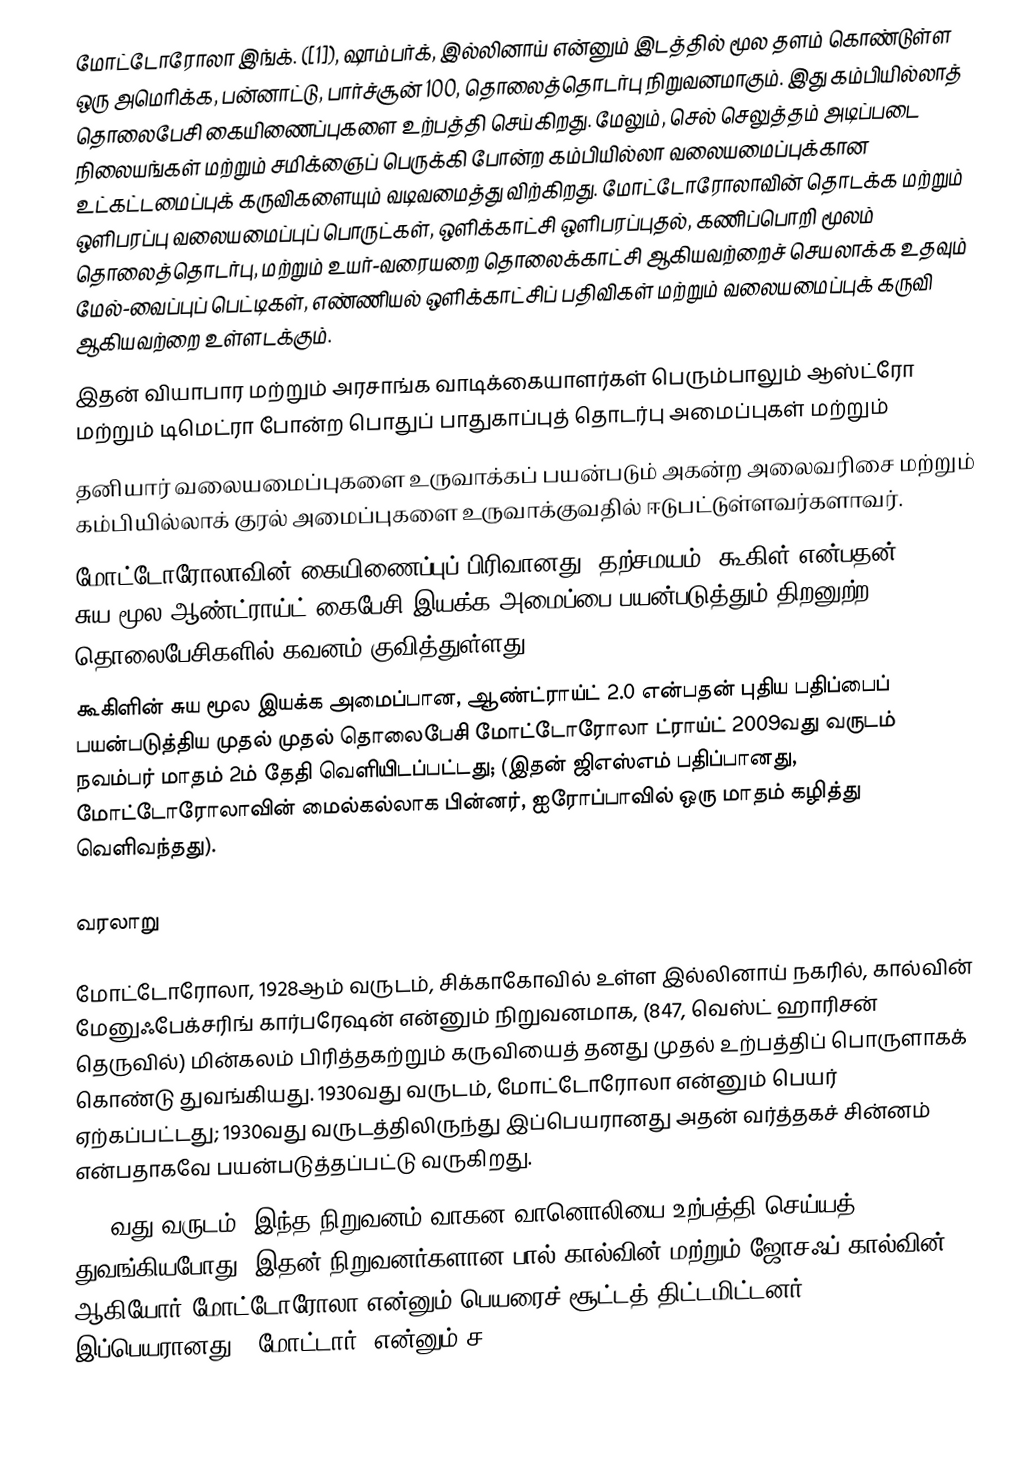
மோட்டோரோலா இங்க்.  ([1]), ஷாம்பர்க், இல்லினாய் என்னும் இடத்தில் மூல தளம் கொண்டுள்ள ஒரு அமெரிக்க, பன்னாட்டு, பார்ச்சூன் 100, தொலைத்தொடர்பு நிறுவனமாகும். இது கம்பியில்லாத் தொலைபேசி கையிணைப்புகளை உற்பத்தி செய்கிறது. மேலும், செல் செலுத்தம் அடிப்படை நிலையங்கள் மற்றும் சமிக்ஞைப் பெருக்கி போன்ற கம்பியில்லா வலையமைப்புக்கான உட்கட்டமைப்புக் கருவிகளையும் வடிவமைத்து விற்கிறது. மோட்டோரோலாவின் தொடக்க மற்றும் ஒளிபரப்பு வலையமைப்புப் பொருட்கள், ஒளிக்காட்சி ஒளிபரப்புதல், கணிப்பொறி மூலம் தொலைத்தொடர்பு, மற்றும் உயர்-வரையறை தொலைக்காட்சி ஆகியவற்றைச் செயலாக்க உதவும் மேல்-வைப்புப் பெட்டிகள், எண்ணியல் ஒளிக்காட்சிப் பதிவிகள் மற்றும் வலையமைப்புக் கருவி ஆகியவற்றை உள்ளடக்கும்.
இதன் வியாபார மற்றும் அரசாங்க வாடிக்கையாளர்கள் பெரும்பாலும் ஆஸ்ட்ரோ மற்றும் டிமெட்ரா போன்ற பொதுப் பாதுகாப்புத் தொடர்பு அமைப்புகள் மற்றும்
தனியார் வலையமைப்புகளை உருவாக்கப் பயன்படும் அகன்ற அலைவரிசை மற்றும் கம்பியில்லாக் குரல் அமைப்புகளை உருவாக்குவதில் ஈடுபட்டுள்ளவர்களாவர்.
மோட்டோரோலாவின் கையிணைப்புப் பிரிவானது, தற்சமயம், கூகிள் என்பதன் சுய-மூல ஆண்ட்ராய்ட் கைபேசி இயக்க அமைப்பை பயன்படுத்தும் திறனுற்ற தொலைபேசிகளில் கவனம் குவித்துள்ளது.
கூகிளின் சுய மூல இயக்க அமைப்பான, ஆண்ட்ராய்ட் 2.0 என்பதன் புதிய பதிப்பைப் பயன்படுத்திய முதல் முதல் தொலைபேசி மோட்டோரோலா ட்ராய்ட் 2009வது வருடம் நவம்பர் மாதம் 2ம் தேதி வெளியிடப்பட்டது; (இதன் ஜிஎஸ்எம் பதிப்பானது, மோட்டோரோலாவின் மைல்கல்லாக பின்னர், ஐரோப்பாவில் ஒரு மாதம் கழித்து வெளிவந்தது).

வரலாறு

மோட்டோரோலா, 1928ஆம் வருடம், சிக்காகோவில் உள்ள இல்லினாய் நகரில், கால்வின் மேனுஃபேக்சரிங் கார்பரேஷன்  என்னும் நிறுவனமாக, (847, வெஸ்ட் ஹாரிசன் தெருவில்) மின்கலம் பிரித்தகற்றும் கருவியைத் தனது முதல் உற்பத்திப் பொருளாகக் கொண்டு துவங்கியது.  1930வது வருடம், மோட்டோரோலா என்னும் பெயர் ஏற்கப்பட்டது; 1930வது வருடத்திலிருந்து இப்பெயரானது அதன் வர்த்தகச் சின்னம் என்பதாகவே பயன்படுத்தப்பட்டு வருகிறது.
1930வது வருடம், இந்த நிறுவனம் வாகன வானொலியை உற்பத்தி செய்யத் துவங்கியபோது, இதன் நிறுவனர்களான பால் கால்வின் மற்றும் ஜோசஃப் கால்வின் ஆகியோர் மோட்டோரோலா  என்னும் பெயரைச் சூட்டத் திட்டமிட்டனர்; இப்பெயரானது, "மோட்டார்" என்னும் ச